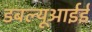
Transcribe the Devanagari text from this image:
डबल्यूआईई